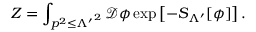
Z = \int _ { p ^ { 2 } \leq { \Lambda ^ { \prime } } ^ { 2 } } { \mathcal { D } } \phi \exp \left[ - S _ { \Lambda ^ { \prime } } [ \phi ] \right] .